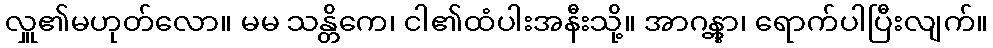
လှူ၏မဟုတ်လော။ မမ သန္တိကေ၊ ငါ၏ထံပါးအနီးသို့။ အာဂန္တွာ၊ ရောက်ပါပြီးလျက်။